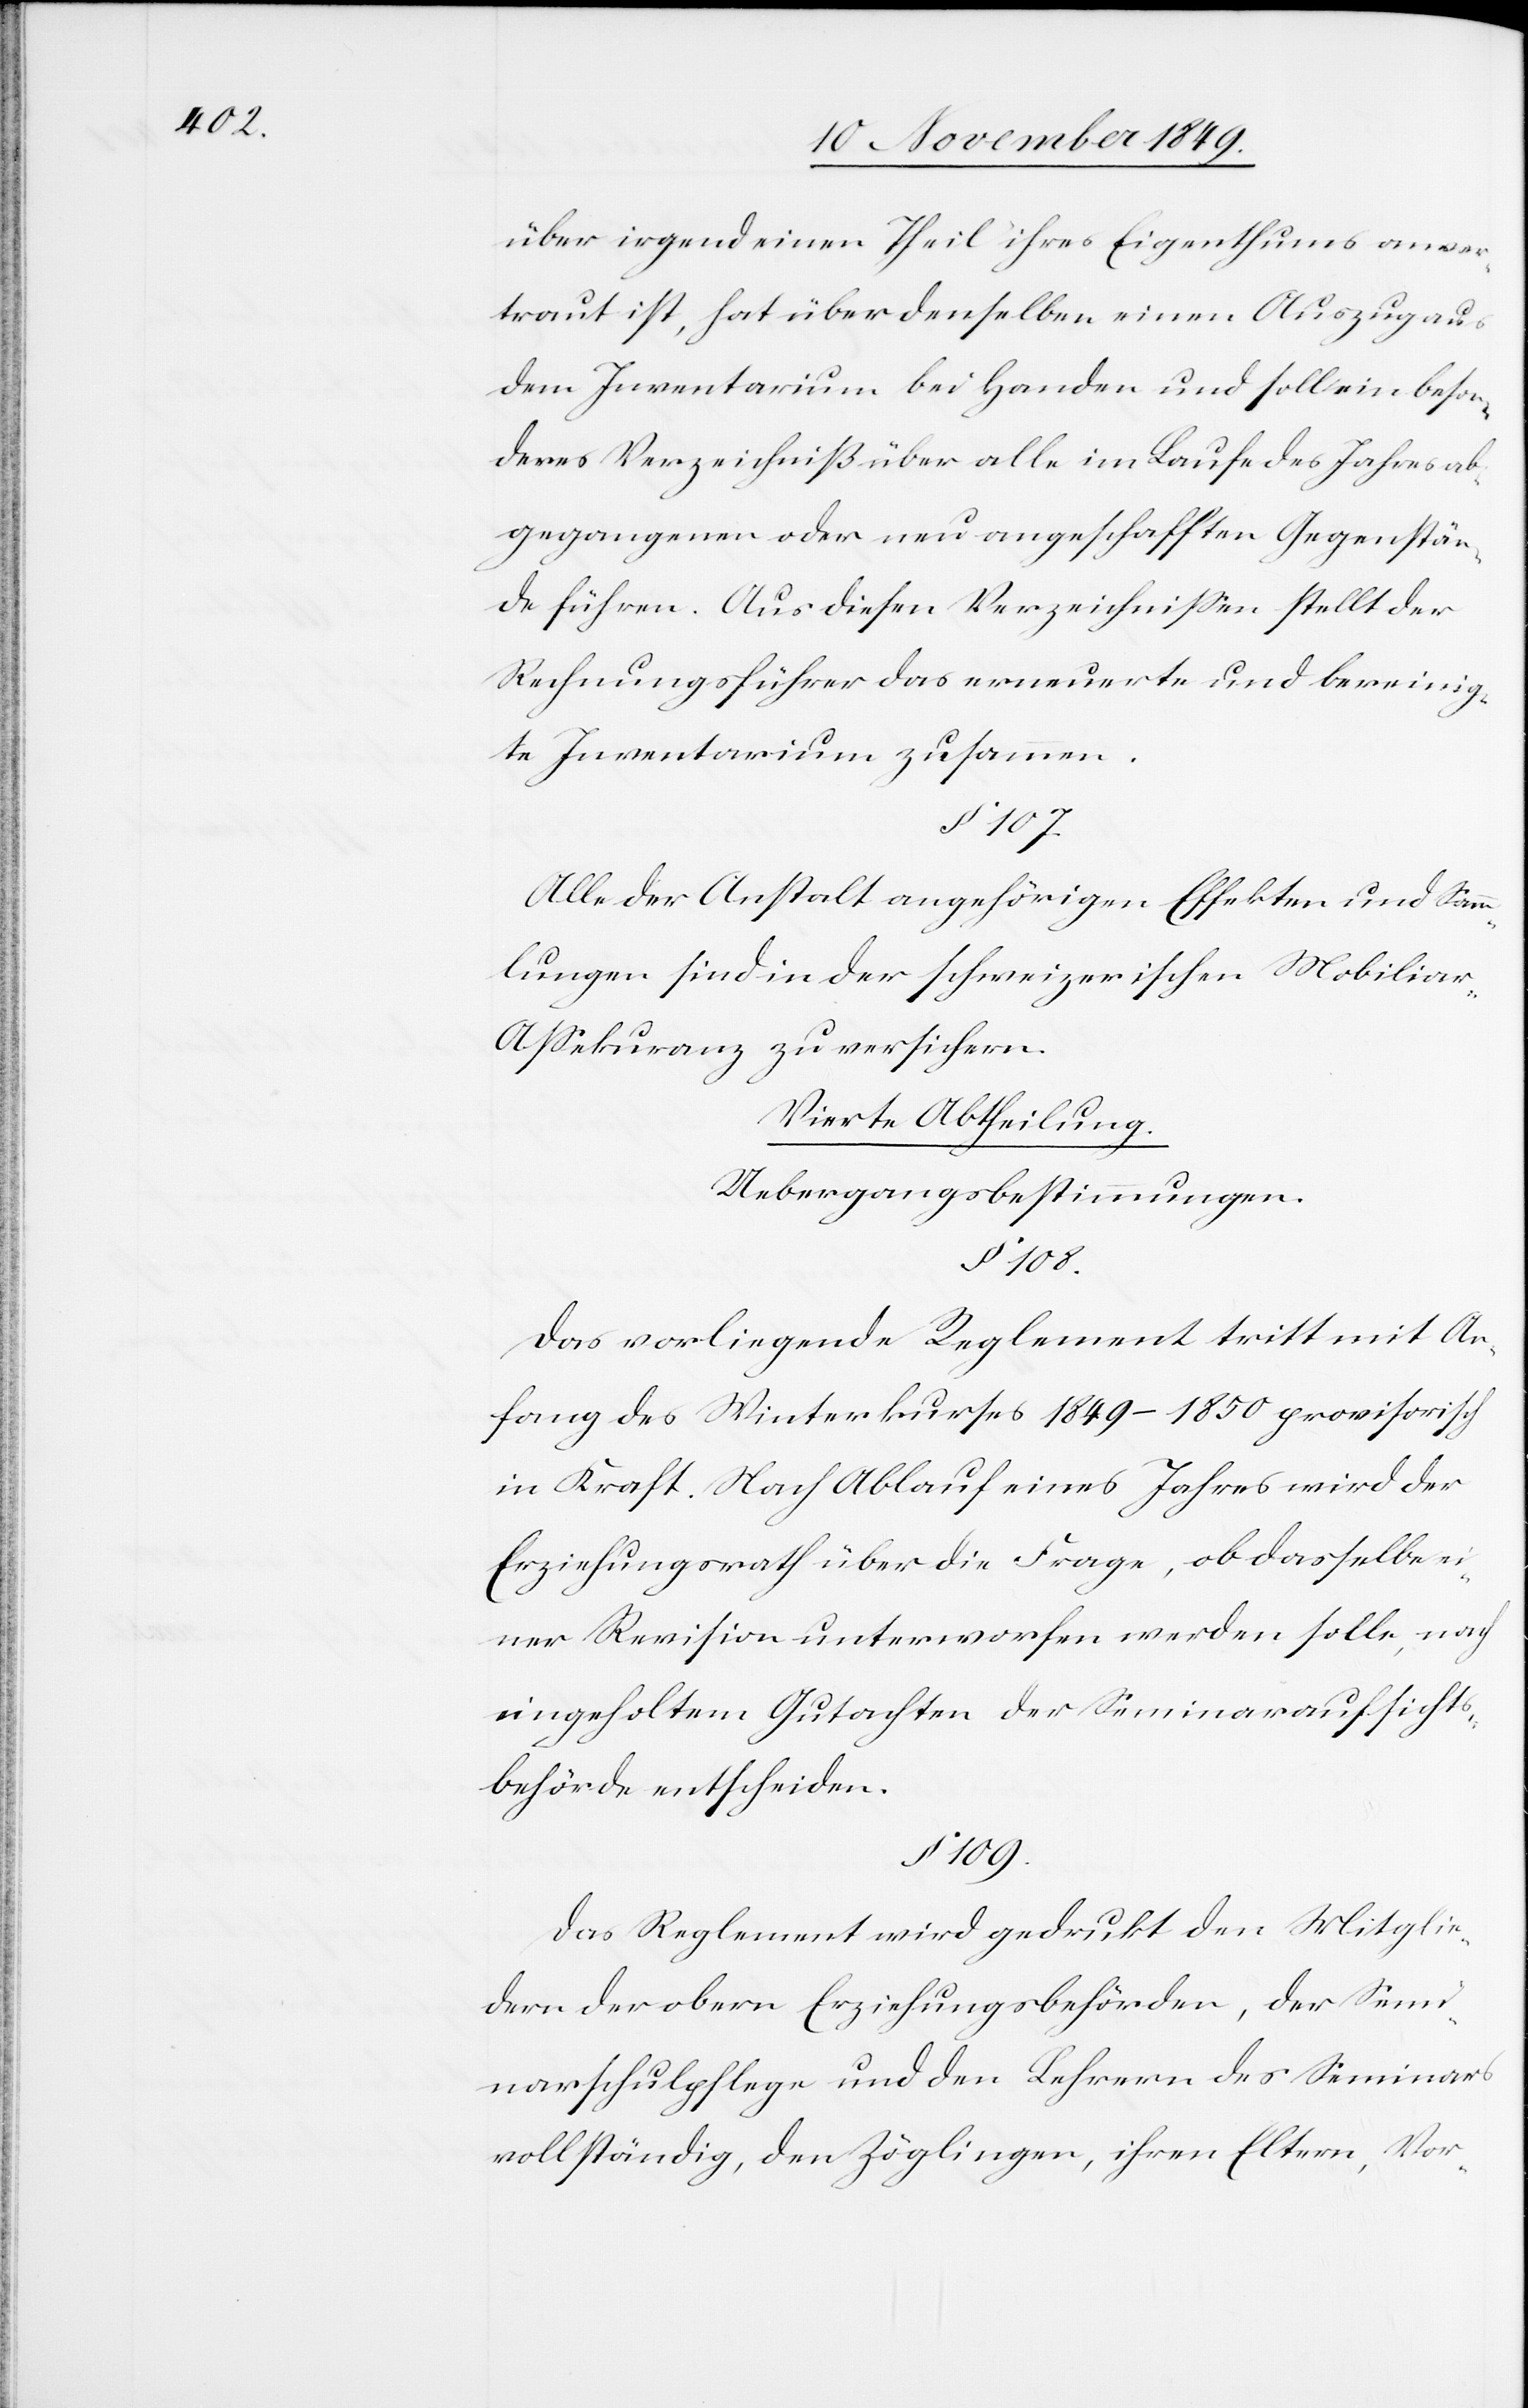
über irgend einen Theil ihres Eigenthums anver¬
traut ist, hat über denselben einen Auszug aus
dem Inventarium bei Handen und soll ein beson¬
ders Verzeichniß über alle im Laufe des Jahres ab¬
gegangenen oder neu angeschafften Gegenstän¬
de führen. Aus diesem Verzeichniße stellt der
Rechnungsführer das erneuerte und bereinig¬
te Inventarium zusammen.
§ 107.
Alle der Anstalt angehörigen Effekten und Sam¬
mlungen sind in der schweizerischen Mobiliar-A¬
ßekuranz zu versichern.
Vierte Abtheilung.
Uebergangsbestimmungen.
§ 108.
Das vorliegende Reglement tritt mit An¬
fang des Winterkurses 1849–1850 provisorisch
in Kraft. Nach Ablauf eines Jahres wird der
Erziehungsrath über die Frage, ob dasselbe ei¬
ner Revision unterworfen werden solle, nach
eingeholtem Gutachten der Seminaraufsichts¬
behörde entscheiden.
§ 109.
Das Reglement wird gedruckt den Mitglie¬
dern der obern Erziehungsbehörden, der Semi¬
narschulpflege und den Lehrern des Seminars
vollständig, den Zöglingen, ihren Eltern, Vor-